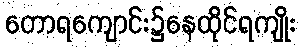
တောရကျောင်း၌နေထိုင်ရကျိုး